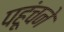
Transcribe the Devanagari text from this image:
पहूंचने